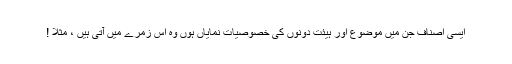
ایسی اصناف جن میں موضوع اور ہیئت دونوں کی خصوصیات نمایاں ہوں وہ اِس زمرے میں آتی ہیں ، مثلاً !